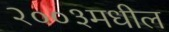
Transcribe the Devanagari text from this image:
२००३मधील